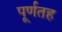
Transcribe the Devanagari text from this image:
पूर्णतह